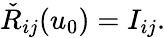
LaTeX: \check{R}_{ij}(u_{0})=I_{ij}.